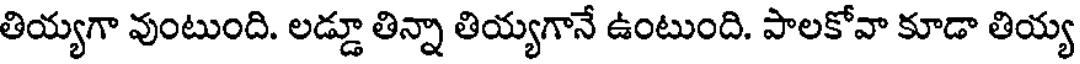
తియ్యగా వుంటుంది. లడ్డూ తిన్నా తియ్యగానే ఉంటుంది. పాలకోవా కూడా తియ్య